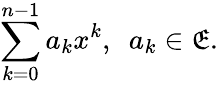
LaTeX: \sum_{k=0}^{n-1}a_{k}x^{k},\ \ a_{k}\in\mathfrak{E}.